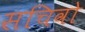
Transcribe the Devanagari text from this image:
सचिवो